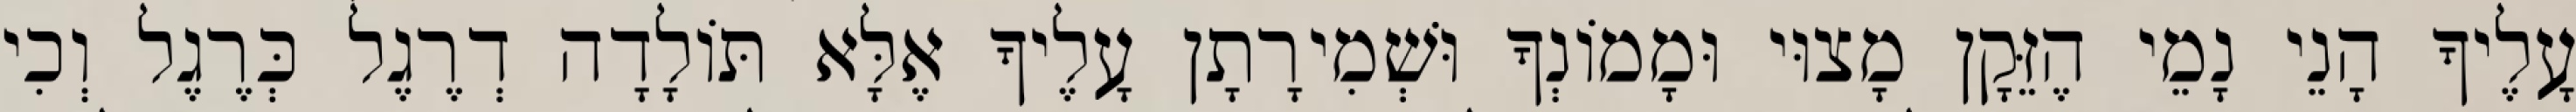
עָלֶיךָ הָנֵי נָמֵי הֶזֵּקָן מָצוּי וּמָמוֹנְךָ וּשְׁמִירָתָן עָלֶיךָ אֶלָּא תּוֹלָדָה דְרֶגֶל כְּרֶגֶל וְכִי